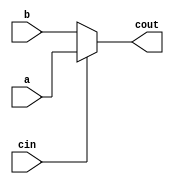
module mux5bits(cout, a, b, cin);
	input[4:0] a;
	input[4:0] b;
	input cin;
	output[4:0] cout;
	
	assign cout = cin?a:b;
	
	
endmodule